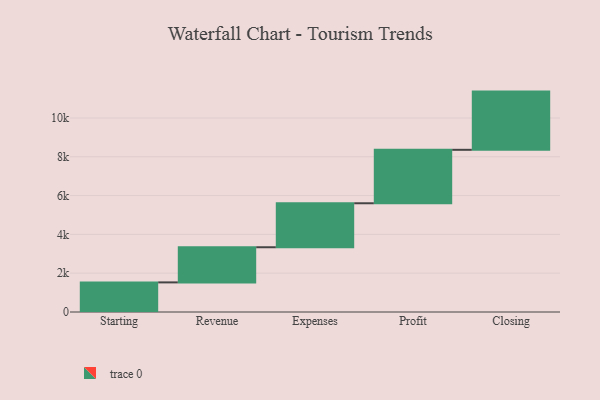
{"axis": {"x": "Step", "y": "Value"}, "legend": [""], "data": [{"x": "Starting", "y": 1526.0, "type": ""}, {"x": "Revenue", "y": 1811.0, "type": ""}, {"x": "Expenses", "y": 2267.0, "type": ""}, {"x": "Profit", "y": 2755.0, "type": ""}, {"x": "Closing", "y": 3000, "type": ""}]}